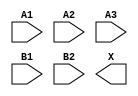
module sky130_fd_sc_hs__o32a (
    //# {{data|Data Signals}}
    input  A1,
    input  A2,
    input  A3,
    input  B1,
    input  B2,
    output X
);

    // Voltage supply signals
    supply1 VPWR;
    supply0 VGND;

endmodule